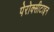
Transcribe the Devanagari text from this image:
पेरोक्सीटाइन